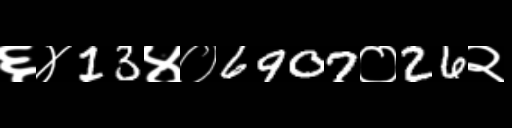
Text: ६४13४०6907०26२